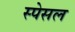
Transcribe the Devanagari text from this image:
स्पेसल